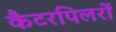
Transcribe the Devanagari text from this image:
कैटरपिलरों